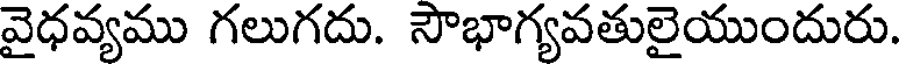
వైధవ్యము గలుగదు. సౌభాగ్యవతులైయుందురు.